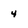
Character: 4